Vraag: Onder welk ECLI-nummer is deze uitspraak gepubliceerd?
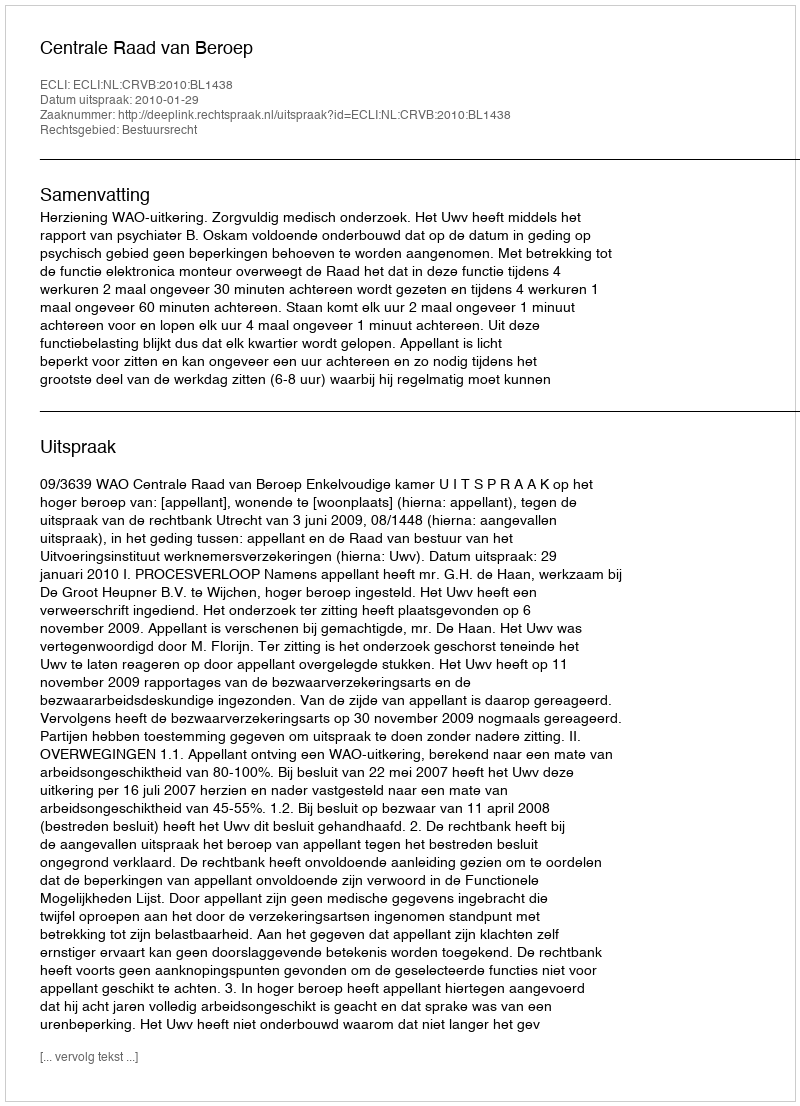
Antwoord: ECLI:NL:CRVB:2010:BL1438